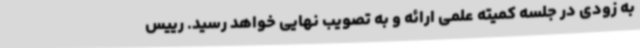
به زودی در جلسه کمیته علمی ارائه و به تصویب نهایی خواهد رسید. رییس